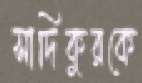
সাদিকুরকে